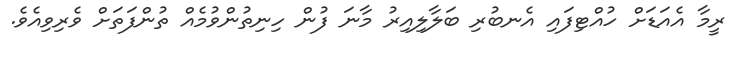
ރީމާ އެއަޑަށް ހުއްޓިފައި އެނބުރި ބަލާލިއިރު މާނަ ފުން ހިނިތުންވުމެއް ތުންފަތަށް ވެރިވިއެވެ.